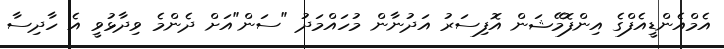
އެމްއެންޑީއެފްގެ އިންފޮމޭޝަން އޮފިސަރު އަދުނާން މުހައްމަދު "ސަން"އަށް ދެންމެ ވިދާޅުވީ އެ ހާދިސާ